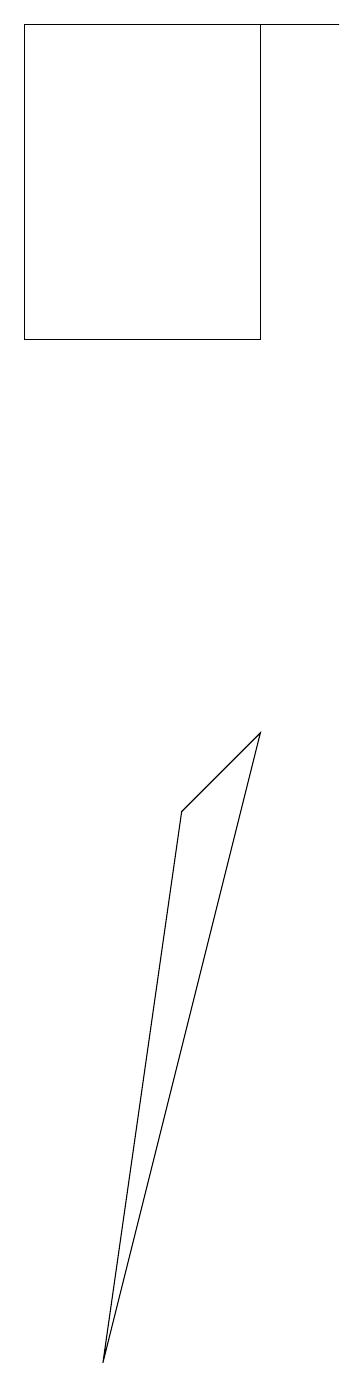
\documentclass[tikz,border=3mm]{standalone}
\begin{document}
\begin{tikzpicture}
\draw (5,8) -- (4,7) -- (3,0) -- cycle;
\draw (5,13) rectangle (2,17);
\draw (6,17) rectangle (2,17);
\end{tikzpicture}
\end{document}